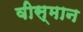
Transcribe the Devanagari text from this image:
वीस्मान